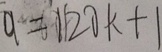
9 = 1 1 2 0 k + 1